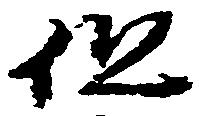
但